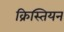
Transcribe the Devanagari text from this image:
क्रिस्तियन